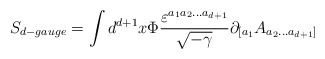
\begin{align*}S_{d-gauge} = \int d^{d+1} x \Phi\frac {\varepsilon^{a_{1}a_{2}...a_{d+1}}}{\sqrt{-\gamma}} \partial_{[a_{1}}A_{a_{2}...a_{d+1}]}\end{align*}